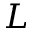
L